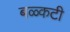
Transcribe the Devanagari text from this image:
बळ्कटी